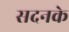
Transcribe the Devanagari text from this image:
सदनके